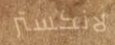
لانكستر